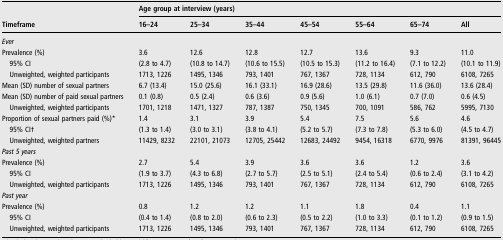
<table><thead><tr><td></td><td colspan="7"><b>Age group at interview (years)</b></td></tr><tr><td><b>Timeframe</b></td><td><b>16–24</b></td><td><b>25–34</b></td><td><b>35–44</b></td><td><b>45–54</b></td><td><b>55–64</b></td><td><b>65–74</b></td><td><b>All</b></td></tr></thead><tbody><tr><td colspan="8"><i>Ever</i></td></tr><tr><td>Prevalence (%)</td><td>3.6</td><td>12.6</td><td>12.8</td><td>12.7</td><td>13.6</td><td>9.3</td><td>11.0</td></tr><tr><td> 95% CI</td><td>(2.8 to 4.7)</td><td>(10.8 to 14.7)</td><td>(10.6 to 15.5)</td><td>(10.5 to 15.3)</td><td>(11.2 to 16.4)</td><td>(7.1 to 12.2)</td><td>(10.1 to 11.9)</td></tr><tr><td> Unweighted, weighted participants</td><td>1713, 1226</td><td>1495, 1346</td><td>793, 1401</td><td>767, 1367</td><td>728, 1134</td><td>612, 790</td><td>6108, 7265</td></tr><tr><td>Mean (SD) number of sexual partners</td><td>6.7 (13.4)</td><td>15.0 (25.6)</td><td>16.1 (33.1)</td><td>16.9 (28.6)</td><td>13.5 (29.8)</td><td>11.6 (36.0)</td><td>13.6 (28.4)</td></tr><tr><td>Mean (SD) number of paid sexual partners</td><td>0.1 (0.8)</td><td>0.5 (2.4)</td><td>0.6 (3.6)</td><td>0.9 (5.6)</td><td>1.0 (6.1)</td><td>0.7 (7.0)</td><td>0.6 (4.5)</td></tr><tr><td> Unweighted, weighted participants</td><td>1701, 1218</td><td>1471, 1327</td><td>787, 1387</td><td>750, 1345</td><td>700, 1091</td><td>586, 762</td><td>5995, 7130</td></tr><tr><td>Proportion of sexual partners paid (%)*</td><td>1.4</td><td>3.1</td><td>3.9</td><td>5.4</td><td>7.5</td><td>5.6</td><td>4.6</td></tr><tr><td> 95% CI†</td><td>(1.3 to 1.4)</td><td>(3.0 to 3.1)</td><td>(3.8 to 4.1)</td><td>(5.2 to 5.7)</td><td>(7.3 to 7.8)</td><td>(5.3 to 6.0)</td><td>(4.5 to 4.7)</td></tr><tr><td> Unweighted, weighted partners</td><td>11429, 8232</td><td>22101, 21073</td><td>12705, 25442</td><td>12683, 24492</td><td>9454, 16318</td><td>6770, 9976</td><td>81391, 96445</td></tr><tr><td colspan="8"><i>Past 5 years</i></td></tr><tr><td>Prevalence (%)</td><td>2.7</td><td>5.4</td><td>3.9</td><td>3.6</td><td>3.6</td><td>1.2</td><td>3.6</td></tr><tr><td> 95% CI</td><td>(1.9 to 3.7)</td><td>(4.3 to 6.8)</td><td>(2.7 to 5.7)</td><td>(2.5 to 5.1)</td><td>(2.4 to 5.4)</td><td>(0.6 to 2.4)</td><td>(3.1 to 4.2)</td></tr><tr><td> Unweighted, weighted participants</td><td>1713, 1226</td><td>1495, 1346</td><td>793, 1401</td><td>767, 1367</td><td>728, 1134</td><td>612, 790</td><td>6108, 7265</td></tr><tr><td colspan="8"><i>Past year</i></td></tr><tr><td>Prevalence (%)</td><td>0.8</td><td>1.2</td><td>1.2</td><td>1.1</td><td>1.8</td><td>0.4</td><td>1.1</td></tr><tr><td> 95% CI</td><td>(0.4 to 1.4)</td><td>(0.8 to 2.0)</td><td>(0.6 to 2.3)</td><td>(0.5 to 2.2)</td><td>(1.0 to 3.3)</td><td>(0.1 to 1.2)</td><td>(0.9 to 1.5)</td></tr><tr><td> Unweighted, weighted participants</td><td>1713, 1226</td><td>1495, 1346</td><td>793, 1401</td><td>767, 1367</td><td>728, 1134</td><td>612, 790</td><td>6108, 7265</td></tr></tbody></table>